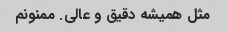
مثل همیشه دقیق و عالی. ممنونم